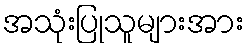
အသုံးပြုသူများအား